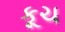
કૂચ